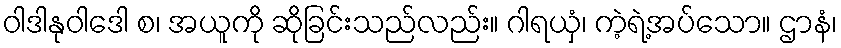
ဝါဒါနုဝါဒေါ စ၊ အယူကို ဆိုခြင်းသည်လည်း။ ဂါရယှံ၊ ကဲ့ရဲ့အပ်သော။ ဌာနံ၊